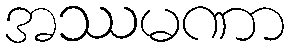
အဿမဏာ